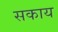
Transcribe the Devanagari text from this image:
सकाय